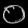
Digit: ၀